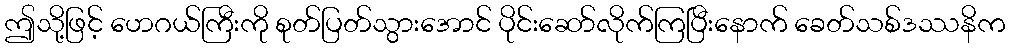
ဤသို့ဖြင့် ဟေဂယ်ကြီးကို စုတ်ပြတ်သွားအောင် ပိုင်းဆော်လိုက်ကြပြီးနောက် ခေတ်သစ်ဒဿနိက